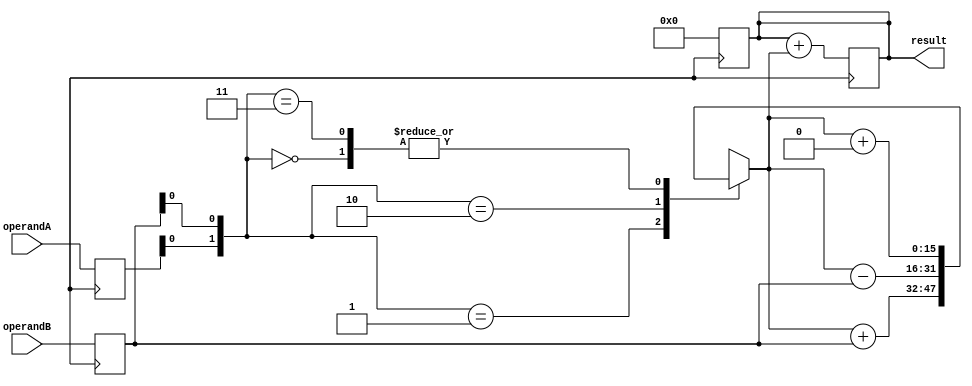
module BoothMultiplier (
    input [7:0] operandA,
    input [7:0] operandB,
    output reg [15:0] result
);

reg [7:0] multiplier;
reg [7:0] multiplicand;
reg [15:0] partial_product;

// Initial values
always @ (posedge clk)
begin
    multiplier <= operandA;
    multiplicand <= operandB;
    result <= 0;
end

initial
begin
    partial_product <= 0;
end

// Booth encoding
always @ (multiplier or multiplicand)
begin
    case({multiplier[0], multiplicand[0]})
        2'b00: partial_product <= partial_product + {16{1'b0}};
        2'b01: partial_product <= partial_product + multiplicand;
        2'b10: partial_product <= partial_product - multiplicand;
        2'b11: partial_product <= partial_product + {16{1'b0}};
    endcase
    multiplier <= {multiplier[7], multiplier[7:1]};
end

// Accumulate partial products
always @ (posedge clk)
begin
    result <= result + partial_product;
end

endmodule